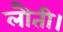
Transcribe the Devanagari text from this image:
लौती।